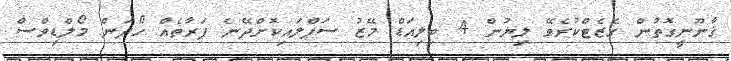
ޤާނޫނީގޮތުން ގެޒެޓްކުރެވޭ ލިޔުން 4 ބިލިއަޑް މޭޒު ސަޕްލައިކޮށްދޭނެ ފަރާތެއް ހޯދަން މޯލްޑިވްސް